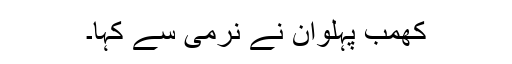
کھمب پہلوان نے نرمی سے کہا۔